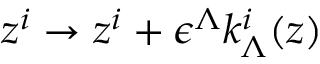
z ^ { i } \to z ^ { i } + \epsilon ^ { \Lambda } k _ { \Lambda } ^ { i } ( z )